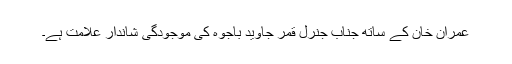
عمران خان کے ساتھ جناب جنرل قمر جاوید باجوہ کی موجودگی شاندار علامت ہے۔